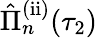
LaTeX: \hat{\Pi}_{n}^{\mathrm{(ii)}}(\tau_{2})